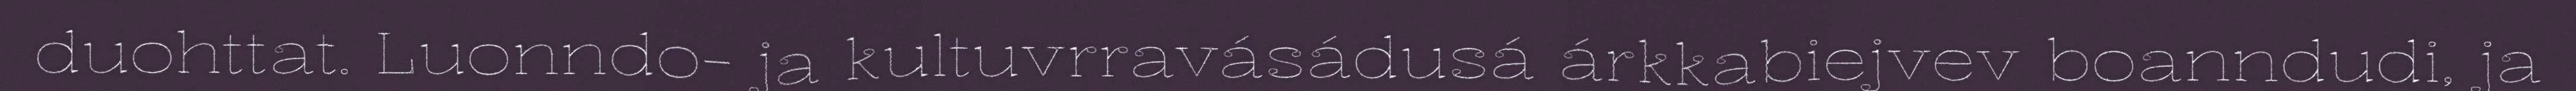
duohttat. Luonndo- ja kultuvrravásádusá árkkabiejvev boanndudi, ja